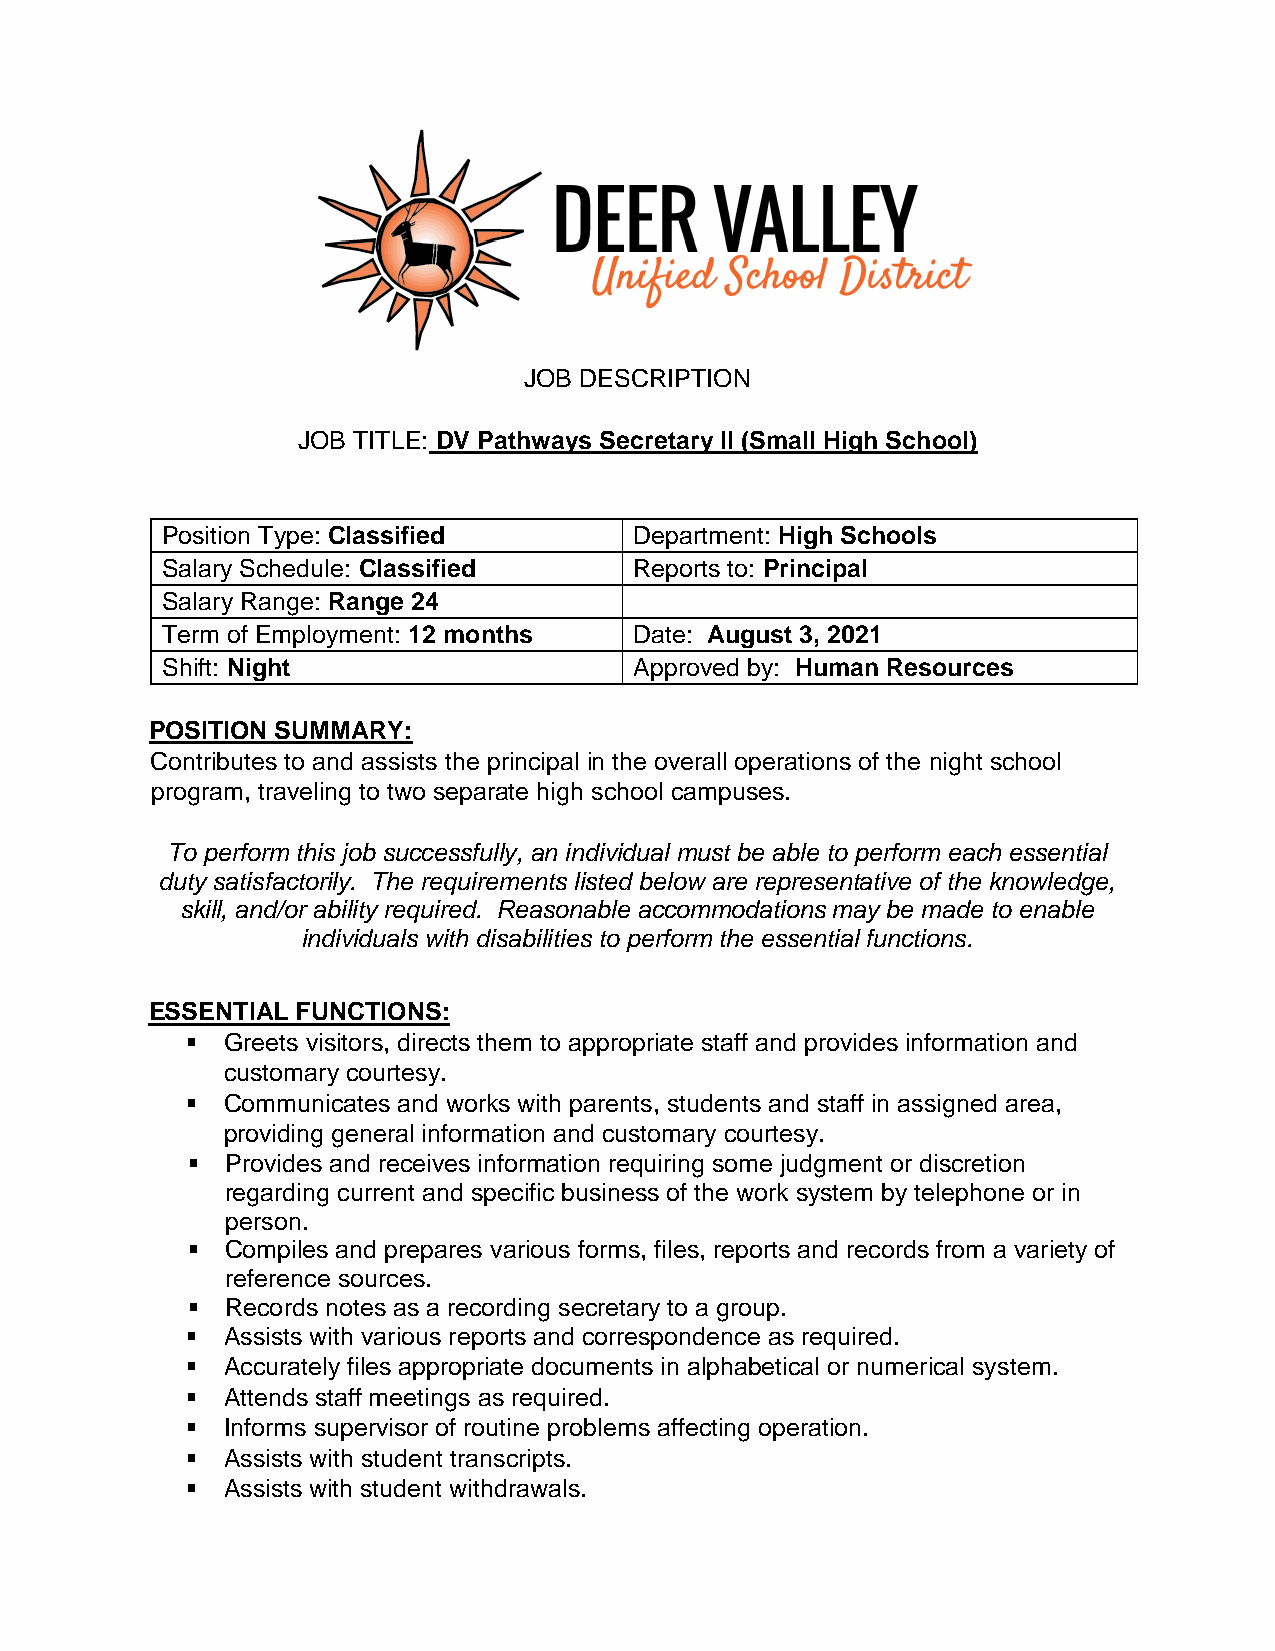
JOB DESCRIPTION
 JOB TITLE: DV Pathways Secretary II (Small High School)
 Position Type: Classified      Department: High Schools
 Salary Schedule: Classified    Reports to: Principal
 Salary Range: Range 24
 Term of Employment: 12 months  Date: August 3, 2021
 Shift: Night                   Approved by: Human Resources
 POSITION SUMMARY:
 Contributes to and assists the principal in the overall operations of the night school
 program, traveling to two separate high school campuses.
 To perform this job successfully, an individual must be able to perform each essential
 duty satisfactorily. The requirements listed below are representative of the knowledge,
 skill, and/or ability required. Reasonable accommodations may be made to enable
 individuals with disabilities to perform the essential functions.
 ESSENTIAL FUNCTIONS:
   Greets visitors, directs them to appropriate staff and provides information and
 customary courtesy.
   Communicates and works with parents, students and staff in assigned area,
 providing general information and customary courtesy.
   Provides and receives information requiring some judgment or discretion
 regarding current and specific business of the work system by telephone or in
 person.
   Compiles and prepares various forms, files, reports and records from a variety of
 reference sources.
   Records notes as a recording secretary to a group.
   Assists with various reports and correspondence as required.
   Accurately files appropriate documents in alphabetical or numerical system.
   Attends staff meetings as required.
   Informs supervisor of routine problems affecting operation.
   Assists with student transcripts.
   Assists with student withdrawals.